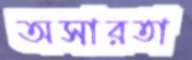
অসারতা